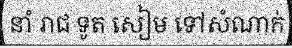
នាំ រាជ ទូត សៀម ទៅសំណាក់